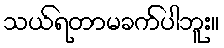
သယ်ရတာမခက်ပါဘူး။